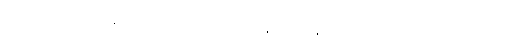
များသော အားဖြင့် နှုတ်ခမ်း စေ့ထားသောအခါ နှုတ်ခမ်း နှစ်လွှာသည် တိတိရိရိ ညီညီညာညာ